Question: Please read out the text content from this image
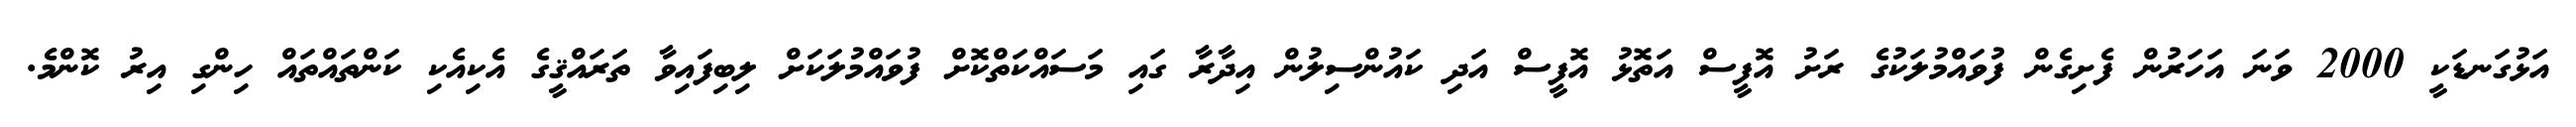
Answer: އަޅުގަނޑަކީ 2000 ވަނަ އަހަރުން ފެށިގެން ފުވައްމުލަކުގެ ރަށު އޮފީސް އަތޮޅު އޮފީސް އަދި ކައުންސިލުން އިދާރާ ގައި މަސައްކަތްކޮށް ފުވައްމުލަކަށް ލިބިފައިވާ ތަރައްޤީގެ އެކިއެކި ކަންތައްތައް ހިންގި އިރު ކޮންމެ.